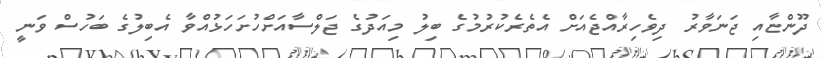
ދޫންޏާއި ޖަނަވާރު ދިވެހިރާއްޖެއަށް އެތެރެކުރުމުގެ ބިލު މިއަދުގެ ޖަލްސާއަށްހުށަހަޅުއްވާ އެބިލުގެ ބަހުސް ވަނީ